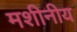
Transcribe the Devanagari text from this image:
मशीनीय